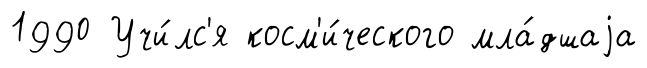
1990 Учи́лс'я косм'и́ческого мла́дшаjа